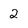
Character: 2